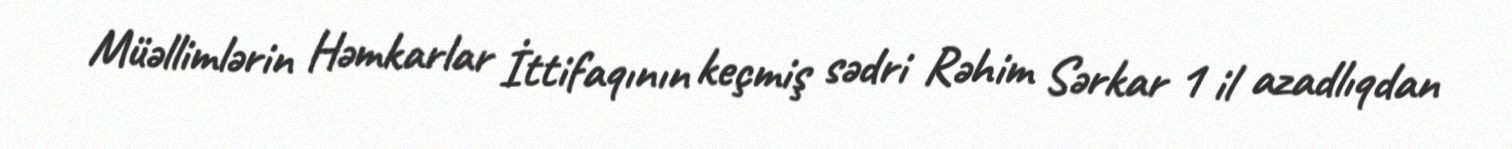
Müəllimlərin Həmkarlar İttifaqının keçmiş sədri Rəhim Sərkar 1 il azadlıqdan